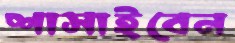
শাসাইবেন